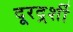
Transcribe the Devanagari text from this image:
दूरदर्र्शी